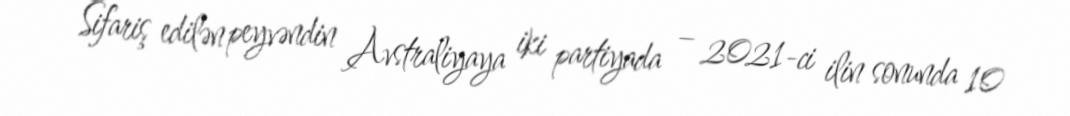
Sifariş edilən peyvəndin Avstraliyaya iki partiyada – 2021-ci ilin sonunda 10